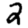
Digit: 2